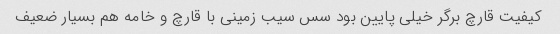
کیفیت قارچ برگر خیلی پایین بود سس سیب زمینی با قارچ و خامه هم بسیار ضعیف